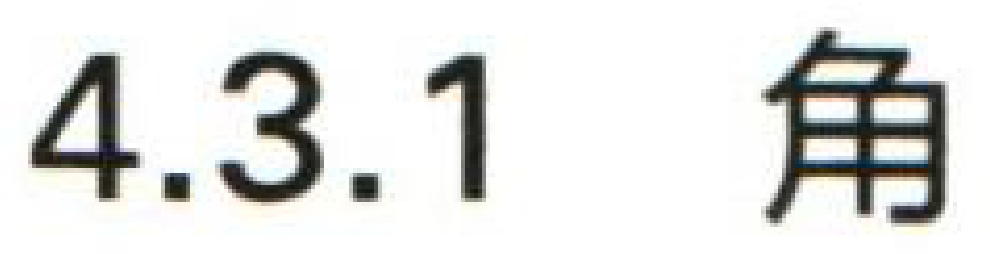
4.3.1 角